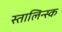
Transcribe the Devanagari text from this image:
स्तालिन्स्क